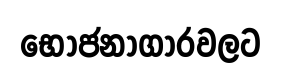
භෝජනාගාරවලට